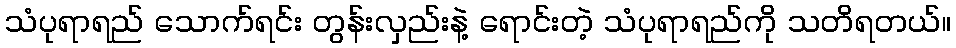
သံပုရာရည် သောက်ရင်း တွန်းလှည်းနဲ့ ရောင်းတဲ့ သံပုရာရည်ကို သတိရတယ်။